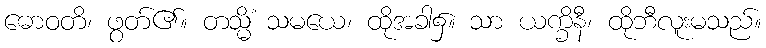
ဓောဝတိ၊ ဖွတ်၏။ တသ္မိံ သမယေ၊ ထိုအခါ၌။ သာ ယက္ခိနီ၊ ထိုဘီလူးမသည်။